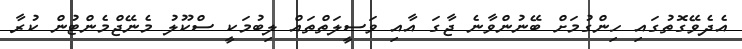
އެދެވޭގޮތުގައި ހިންގުމަށް ބޭނުންވާނެ ޖާގަ އާއި ވަސީލަތްތައް ލިބުމަކީ ސްކޫލު މެނޭޖްމެންޓުން ކުރާ